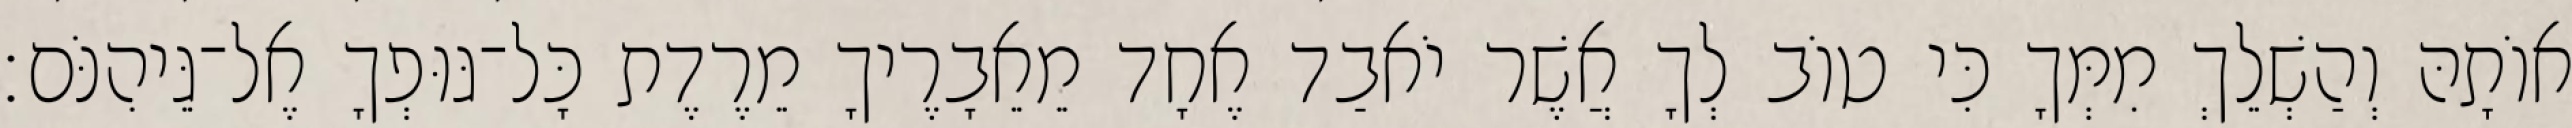
אוֹתָהּ וְהַשְׁלֵךְ מִמְּךָ כִּי טוֹב לְךָ אֲשֶׁר יֹאבַד אֶחָד מֵאֵבָרֶיךָ מֵרֶדֶת כָּל־גּוּפְךָ אֶל־גֵּיהִנֹּם׃